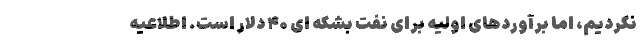
نکردیم، اما برآوردهای اولیه برای نفت بشکه ای ۴۰ دلار است. اطلاعیه